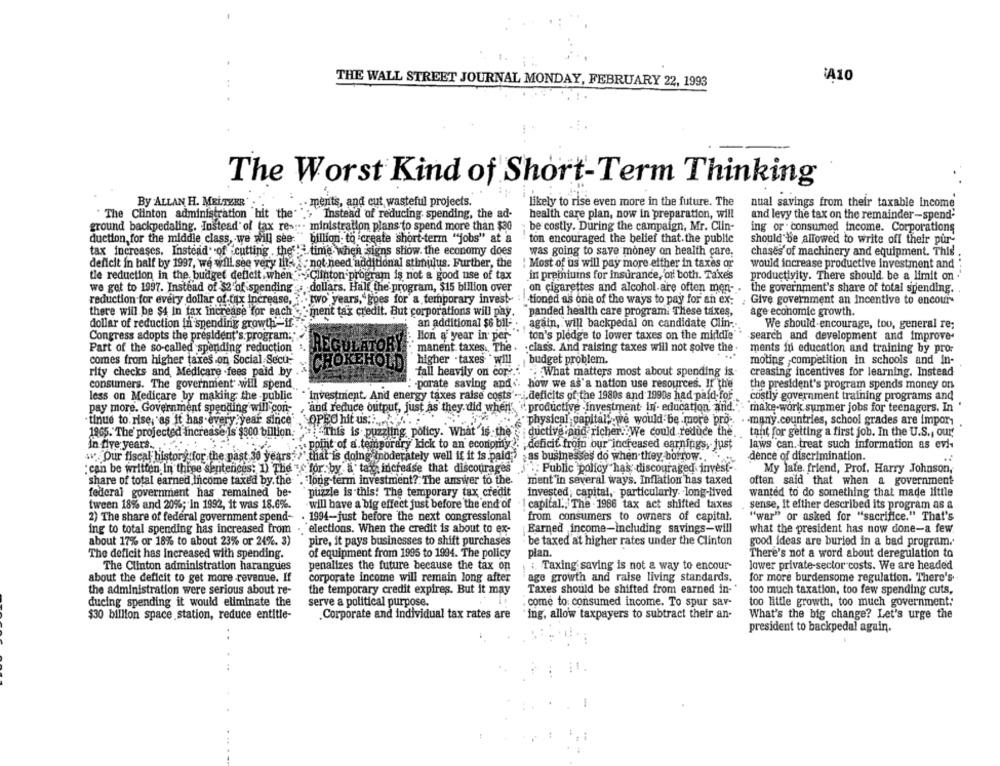
..
THE WALL STREET JOURNAL MONDAY, FEBRUARY 22, 1993
1A10
The Worst Kind of Short-Term Thinking
By ALLAN H. MELTEER'
· ments, and cut wasteful projects.
likely to rise even more in the future. The
nual savings from their taxable income
The Clinton administration hit the"
Instead of reducing. spending, the ad-
health care plan, now in preparation, will
and levy the tax on the remainder-spend-
ground backpedaling. Instead of tax re -...
ministration plans to spend more than $30
be costly. During the campaign, Mr. Clin-
ing or consumed income. Corporations
duction for the middle class, we will see:
billion: to create short-term "jobs" at a
ton encouraged the belief that.the public
should be allowed to write off their pur-
tax increases. Instead of cutting . the ' time when signs show. the economy does
was going to save money on health care,
chases'of machinery and equipment. This
deficit in half by 1997, we will see very 11">" not need additional stimulus. Further, the
: Most of us will pay more either in taxes or
would increase productive investment and :
tie reduction in the budget deficit. when Clinton program is not a good use of tax
in premiums for insurance, or both. Taxes
productivity. There should be a limit on ''
we get to 1997. Instead of $2 of spending
dollars. Half the program, $15 billion over
on cigarettes and alcohol are often men-
the government's share of total spending.
reduction for every dollar of tax Increase,
two years,"goes for a temporary invest-
:.- tioned as one of the ways to pay for an ex:
Give government an Incentive to encour-
there will be $4 In fax increase for each
ment tax credit. But corporations will pay
panded health care program. These taxes,
age economic growth.
an additional $6 bil-
again, will backpedal on candidate Clin -.
dollar of reduction in spending growth-if
We should encourage, too, general re;
Congress adopts the president's: program :;
. lion a year in' per-"
ton's pledge to lower taxes on the middle'
search and development and improve-
Part of the so-called spending reduction
REGULATORY . manent taxes. The
:class. And raising taxes will not solve the -
ments in education and training by pro-
comes from higher taxes on Social Secu-
higher . taxes " will
budget problem.
moting competition in schools and In-
CHOKEHOLD
rity checks and Medicare .fees paid by
fall heavily on cor
: What matters most about spending is-
creasing incentives for learning. Instead
consumers. The government will spend
: - porate saving and .
how we as'a nation use resources. If the
the president's program spends money on
less on Medicare by making the -public
Investment. And energy taxes raise costs . i.deficits of the 1980s and 1990s had paid for
costly government training programs and
.productive -Investment in'- education and .. "
pay more. Government spending will con-
"and reduce output, just as they. did when'
make-work summer jobs for teenagers. In
tinue to rise, as it has every year since
"physical capital, we would be more pro .. . . many.countries, school grades are impor-
OPEO hit us ::....
1965. The' projected increase is $300 billion.
"This is puzzling policy. What is the"
¡ ductive'and richer. We could reduce the. tant for getting a first job. In the U.S ., our
laws can, treat such information as evi-
in five years.
point of a temporary kick to an economy): deficit from bur increased earnings, just
"Our fiscal history for the past 30 years">" that is doing moderately well if it is paid as businesses do when they, borrow ...
dence of discrimination.
: can be written In three sentences: 1) The " for, by a ta increase that discourages
": Public policy has; discouraged invest-
My late. friend, Prof. Harry Johnson,
share of total earned income taxed by. the
. long-term investment ?. The answer to the.
ment'in several ways. Inflation has taxed
often said that when a government
federal government has remained be-
puzzle is this! The temporary tax credit
invested; capital, particularly. long-lived
wanted to do something that made little
tween 18% and 20%; In 1992, it was 18.6%.
will have a big effect just before the end of
1 capital .: The . 1986 tax act shifted taxes
sense, It either described its program as a
2) The share of federal government spend-
. 1994-just before the next congressional
from consumers to owners of capital.
"war" or asked for "sacrifice." That's
ing to total spending has increased from
.elections. When the credit is about to ex-
Earned income-including savings-will
what the president has now done-a few.
about 17% or 18% to about 23% or 24%. 3)
pire, it pays businesses to shift purchases
be taxed at higher rates under the Clinton
good ideas are buried in a bad program.
The deficit has Increased with spending.
of equipment from 1995 to 1994. The policy
plan.
There's not a word about deregulation to
The Clinton administration harangues
penalizes the future because the tax on
:. Taxing saving is not a way to encour-
lower private sector costs. We are headed
about the deficit to get more -revenue. If
corporate income will remain long after
age growth and raise living standards.
for more burdensome regulation. There's
the administration were serious about re-
the temporary credit expires. But it may
Taxes should be shifted from earned in-"
too much taxation, too few spending cuts,
ducing spending it would eliminate the
serve a political purpose.
come to: consumed income. To spur sav-
too little growth, too much government:
$30 billion space station, reduce entitle-
.Corporate and individual tax rates are
ing, allow taxpayers to subtract their an-
What's the big change? Let's urge the
president to backpedal again.
..